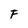
Character: F